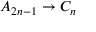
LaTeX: A _ { 2 n - 1 } \to C _ { n }